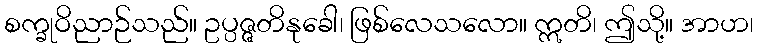
စက္ခုဝိညာဉ်သည်။ ဥပ္ပဇ္ဇတိနုခေါ၊ ဖြစ်လေသလော။ ဣတိ၊ ဤသို့။ အာဟ၊